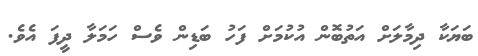
ބަޔަކާ ދިމާލަށް އަތުބޮން އުކުުމަށް ފަހު ބަޑިން ވެސް ހަމަލާ ދީފަ އެވެ.